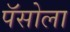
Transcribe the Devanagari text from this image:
पॅसोला